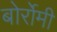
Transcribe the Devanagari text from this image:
बोर्रोमी